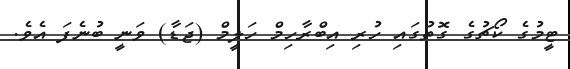
ޓީމުގެ ކޯޗުގެ ގޮތުގައި ހުރި އިބްރާހިމް ހަލީމް (ޖަޑާ) ވަނީ ބުނެފަ އެވެ.